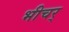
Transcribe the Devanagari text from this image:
भीचर्